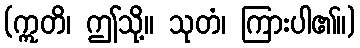
(ဣတိ၊ ဤသို့။ သုတံ၊ ကြားပါ၏။)